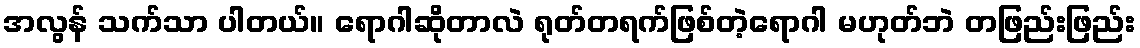
အလွန် သက်သာ ပါတယ်။ ရောဂါဆိုတာလဲ ရုတ်တရက်ဖြစ်တဲ့ရောဂါ မဟုတ်ဘဲ တဖြည်းဖြည်း